Scientific memoirs by medical officers of the Army of India - Part V,
Year: 1890
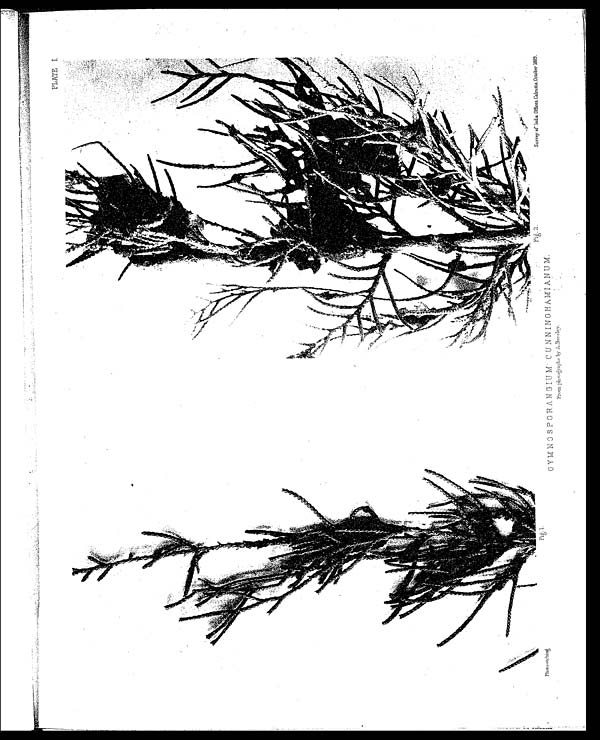
PLATE I
Survey of India Offices.Calcutta. October 1889.
Photo-etching.
GYMNOSPORANGIUM CUNNINGHAMIANUM.
From photographs by A.Barclay.